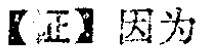
【证】因为